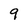
Character: 9